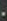
-